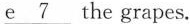
e\underline{7}he grapes.